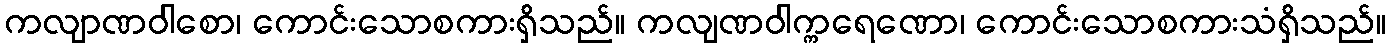
ကလျာဏဝါစော၊ ကောင်းသောစကားရှိသည်။ ကလျဏဝါက္ကရေဏော၊ ကောင်းသောစကားသံရှိသည်။